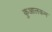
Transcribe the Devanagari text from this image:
कुआलकम